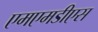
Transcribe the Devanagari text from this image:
एमएमडीएस